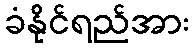
ခံနိုင်ရည်အား